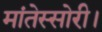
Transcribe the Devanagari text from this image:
मांतेस्सोरी।